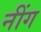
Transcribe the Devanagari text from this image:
नींग